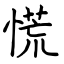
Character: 慌